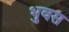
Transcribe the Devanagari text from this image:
भुवस